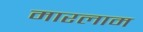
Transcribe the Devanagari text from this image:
मारलाम